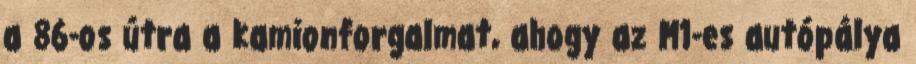
a 86-os útra a kamionforgalmat, ahogy az M1-es autópálya